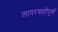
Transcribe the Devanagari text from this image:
लापरवाहीपूर्ण